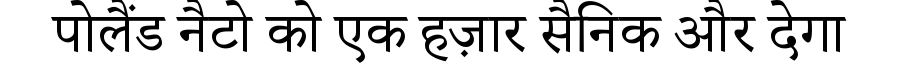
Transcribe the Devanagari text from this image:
पोलैंड नैटो को एक हज़ार सैनिक और देगा